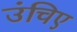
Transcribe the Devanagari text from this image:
उंचिए